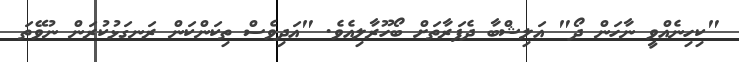
"ކިހިނެއްވީ ނާހަން ދޯ" އަލިޝްބާ ދެފަރާތަށް ބޯހޫރާލިއެވެ. "އަދިވެސް ތިކަންކަން ރަނގަޅުކުރަން ނުވޭތަ